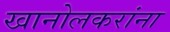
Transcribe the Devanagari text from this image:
खानोलकरांना